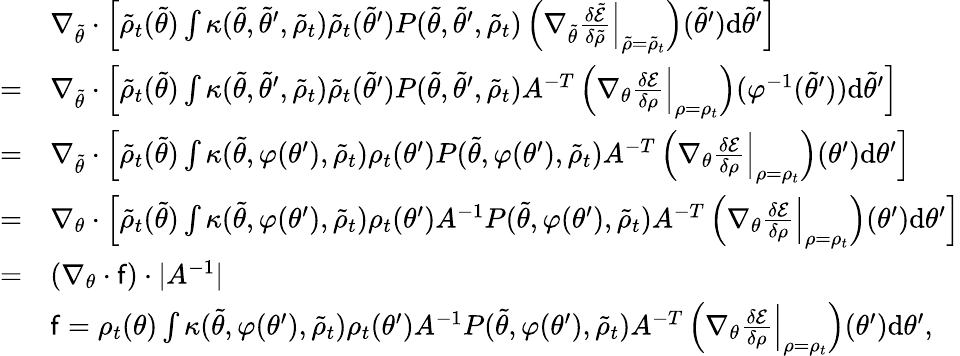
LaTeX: \begin{array}{rl}&{\nabla_{\tilde{\theta}}\cdot\Bigl[\tilde{\rho}_{t}(\tilde{\theta})\int\kappa(\tilde{\theta},\tilde{\theta}^{\prime},\tilde{\rho}_{t})\tilde{\rho}_{t}(\tilde{\theta}^{\prime})P(\tilde{\theta},\tilde{\theta}^{\prime},\tilde{\rho}_{t})\left(\nabla_{\tilde{\theta}}\frac{\delta\tilde{\mathcal{E}}}{\delta\tilde{\rho}}\Bigr|_{\tilde{\rho}=\tilde{\rho}_{t}}\right)(\tilde{\theta}^{\prime})\mathrm{d}\tilde{\theta}^{\prime}\Bigr]}\\ {=}&{\nabla_{\tilde{\theta}}\cdot\Bigl[\tilde{\rho}_{t}(\tilde{\theta})\int\kappa(\tilde{\theta},\tilde{\theta}^{\prime},\tilde{\rho}_{t})\tilde{\rho}_{t}(\tilde{\theta}^{\prime})P(\tilde{\theta},\tilde{\theta}^{\prime},\tilde{\rho}_{t})A^{-T}\left(\nabla_{\theta}\frac{\delta\mathcal{E}}{\delta\rho}\Bigr|_{\rho=\rho_{t}}\right)(\varphi^{-1}(\tilde{\theta}^{\prime}))\mathrm{d}\tilde{\theta}^{\prime}\Bigr]}\\ {=}&{\nabla_{\tilde{\theta}}\cdot\Bigl[\tilde{\rho}_{t}(\tilde{\theta})\int\kappa(\tilde{\theta},\varphi(\theta^{\prime}),\tilde{\rho}_{t}){\rho}_{t}(\theta^{\prime})P(\tilde{\theta},\varphi(\theta^{\prime}),\tilde{\rho}_{t})A^{-T}\left(\nabla_{\theta}\frac{\delta\mathcal{E}}{\delta\rho}\Bigr|_{\rho=\rho_{t}}\right)(\theta^{\prime})\mathrm{d}\theta^{\prime}\Bigr]}\\ {=}&{\nabla_{\theta}\cdot\Bigl[\tilde{\rho}_{t}(\tilde{\theta})\int\kappa(\tilde{\theta},\varphi(\theta^{\prime}),\tilde{\rho}_{t}){\rho}_{t}(\theta^{\prime})A^{-1}P(\tilde{\theta},\varphi(\theta^{\prime}),\tilde{\rho}_{t})A^{-T}\left(\nabla_{\theta}\frac{\delta\mathcal{E}}{\delta\rho}\Bigr|_{\rho=\rho_{t}}\right)(\theta^{\prime})\mathrm{d}\theta^{\prime}\Bigr]}\\ {=}&{(\nabla_{\theta}\cdot\mathsf{f})\cdot|A^{-1}|}\\ &{\mathsf{f}=\rho_{t}(\theta)\int\kappa(\tilde{\theta},\varphi(\theta^{\prime}),\tilde{\rho}_{t}){\rho}_{t}(\theta^{\prime})A^{-1}P(\tilde{\theta},\varphi(\theta^{\prime}),\tilde{\rho}_{t})A^{-T}\left(\nabla_{\theta}\frac{\delta\mathcal{E}}{\delta\rho}\Bigr|_{\rho=\rho_{t}}\right)(\theta^{\prime})\mathrm{d}\theta^{\prime},}\end{array}